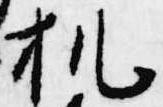
机